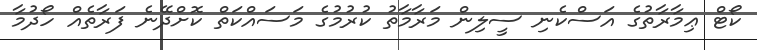
ކޯޓް ޢިމާރާތުގެ އަސްކެނި ސީލިން މަރާމާތު ކުރުމުގެ މަސައްކަތް ކޮށްދޭނެ ފަރާތެއް ހޯދުމާ